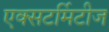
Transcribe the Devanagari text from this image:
एक्सटर्मिटीज